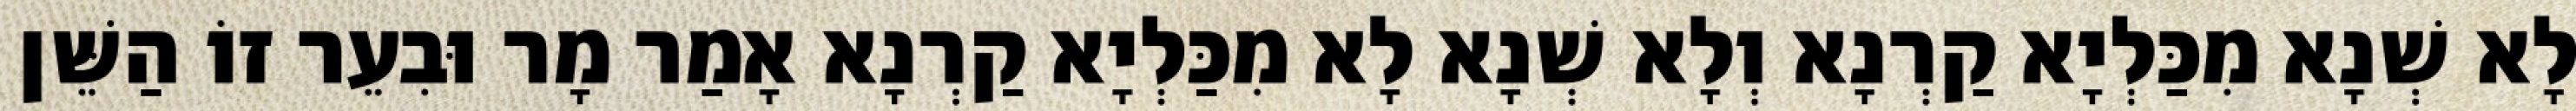
לָא שְׁנָא מִכַּלְיָא קַרְנָא וְלָא שְׁנָא לָא מִכַּלְיָא קַרְנָא אָמַר מָר וּבִעֵר זוֹ הַשֵּׁן